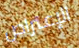
الإعتراض